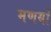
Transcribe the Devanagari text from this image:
मणयो